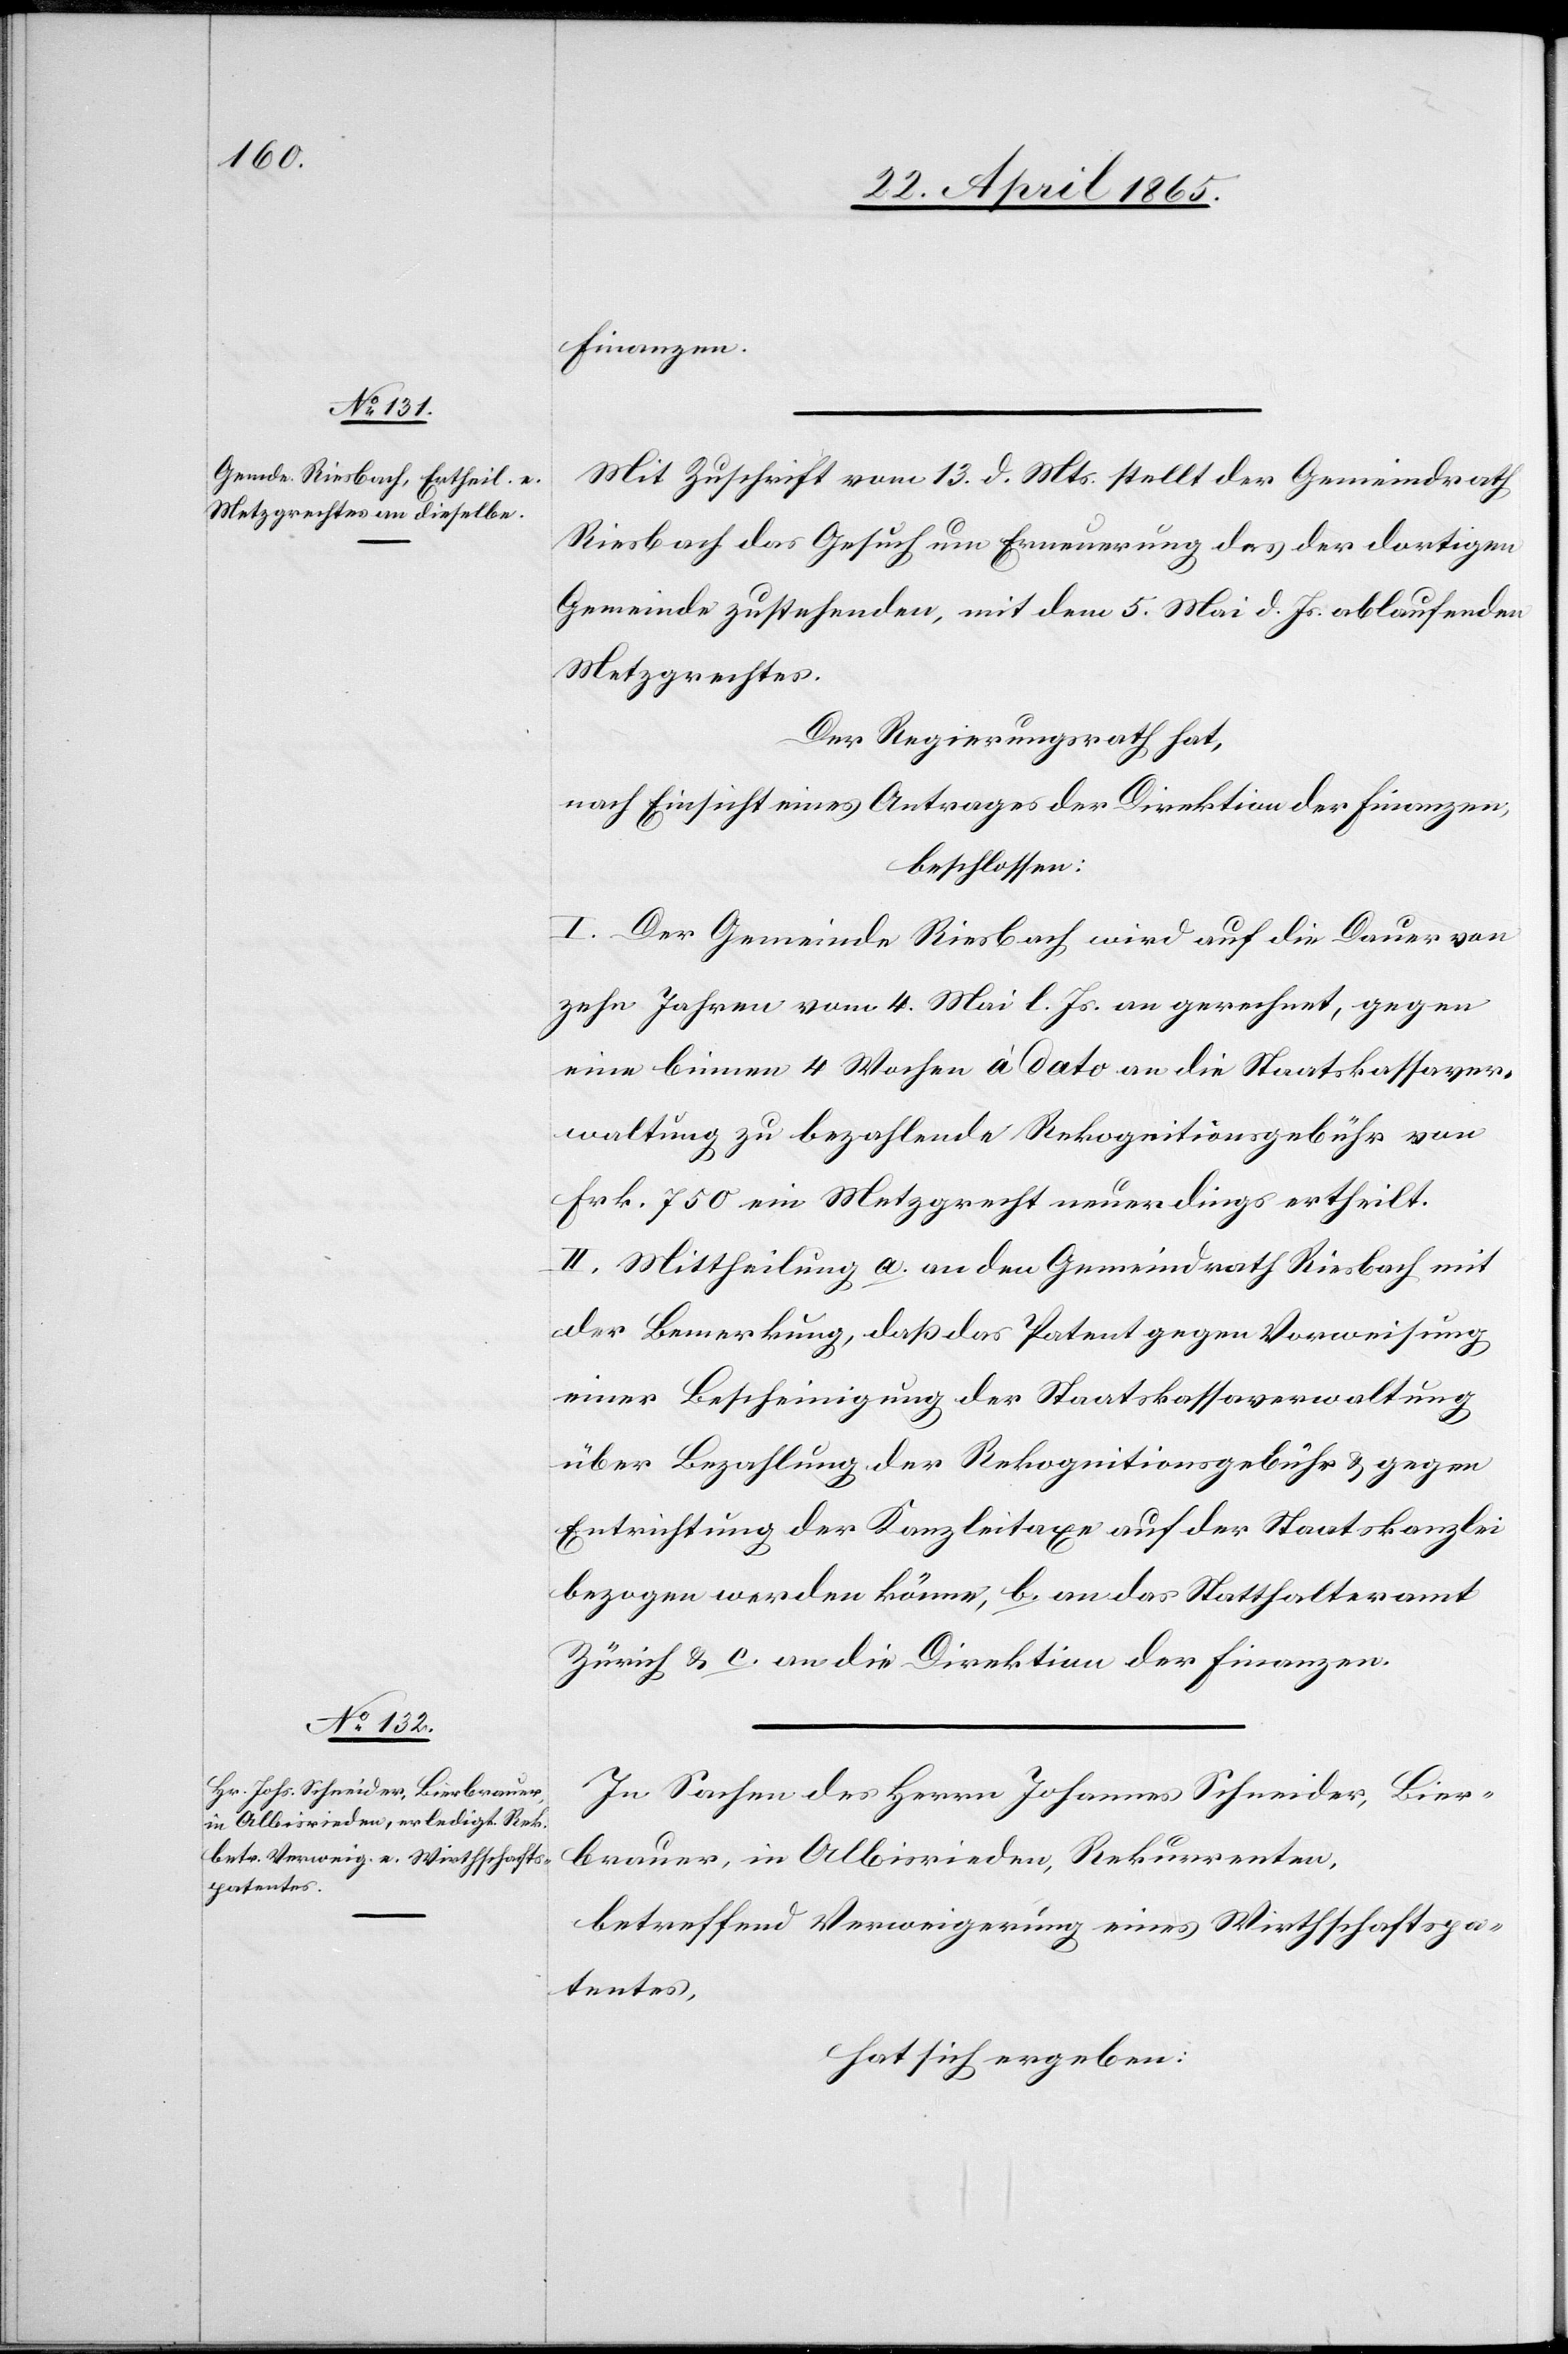
Finanzen.
Mit Zuschrift vom 13. d. Mts. stellt der Gemeindrath
Riesbach das Gesuch um Erneuerung des der dortigen
Gemeinde zustehenden, mit dem 5. Mai d. Js. ablaufenden
Metzgrechtes.
Der Regierungsrath hat,
nach Einsicht eines Antrages der Direktion der Finanzen,
beschlossen:
I. Der Gemeinde Riesbach wird auf die Dauer von
zehn Jahren vom 4. Mai l. Js. an gerechnet, gegen
eine binnen 4 Wochen à dato an die Staatskassaver¬
waltung zu bezahlende Rekognitionsgebühr von
Frk. 750 ein Metzgrecht neuerdings ertheilt.
II. Mittheilung a. an den Gemeindrath Riesbach mit
der Bemerkung, daß das Patent gegen Vorweisung
einer Bescheinigung der Staatskassaverwaltung
über Bezahlung der Rekognitionsgebühr & gegen
Entrichtung der Kanzleitaxe auf der Staatskanzlei
bezogen werden könne, b. an das Statthalteramt
Zürich & c. an die Direktion der Finanzen.
In Sachen des Herrn Johannes Schneider, Bier¬
brauer, in Albisrieden, Rekurrenten,
betreffend Verweigerung eines Wirthschaftspa¬
tentes,
hat sich ergeben: